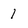
Character: 1